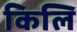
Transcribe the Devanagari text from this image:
किलि